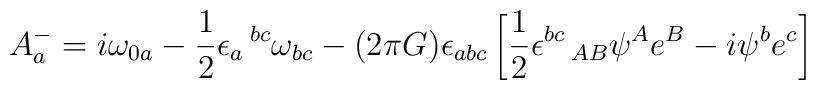
A^-_a = i\omega_{0a} - {1\over 2}\epsilon_a\,^{bc}\omega_{bc}-(2\pi G)\epsilon_{abc}\left[{1\over 2}\epsilon^{bc}\,_{AB}\psi^A e^B-i\psi^b e^c \right]